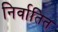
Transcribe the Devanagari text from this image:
निर्वातित